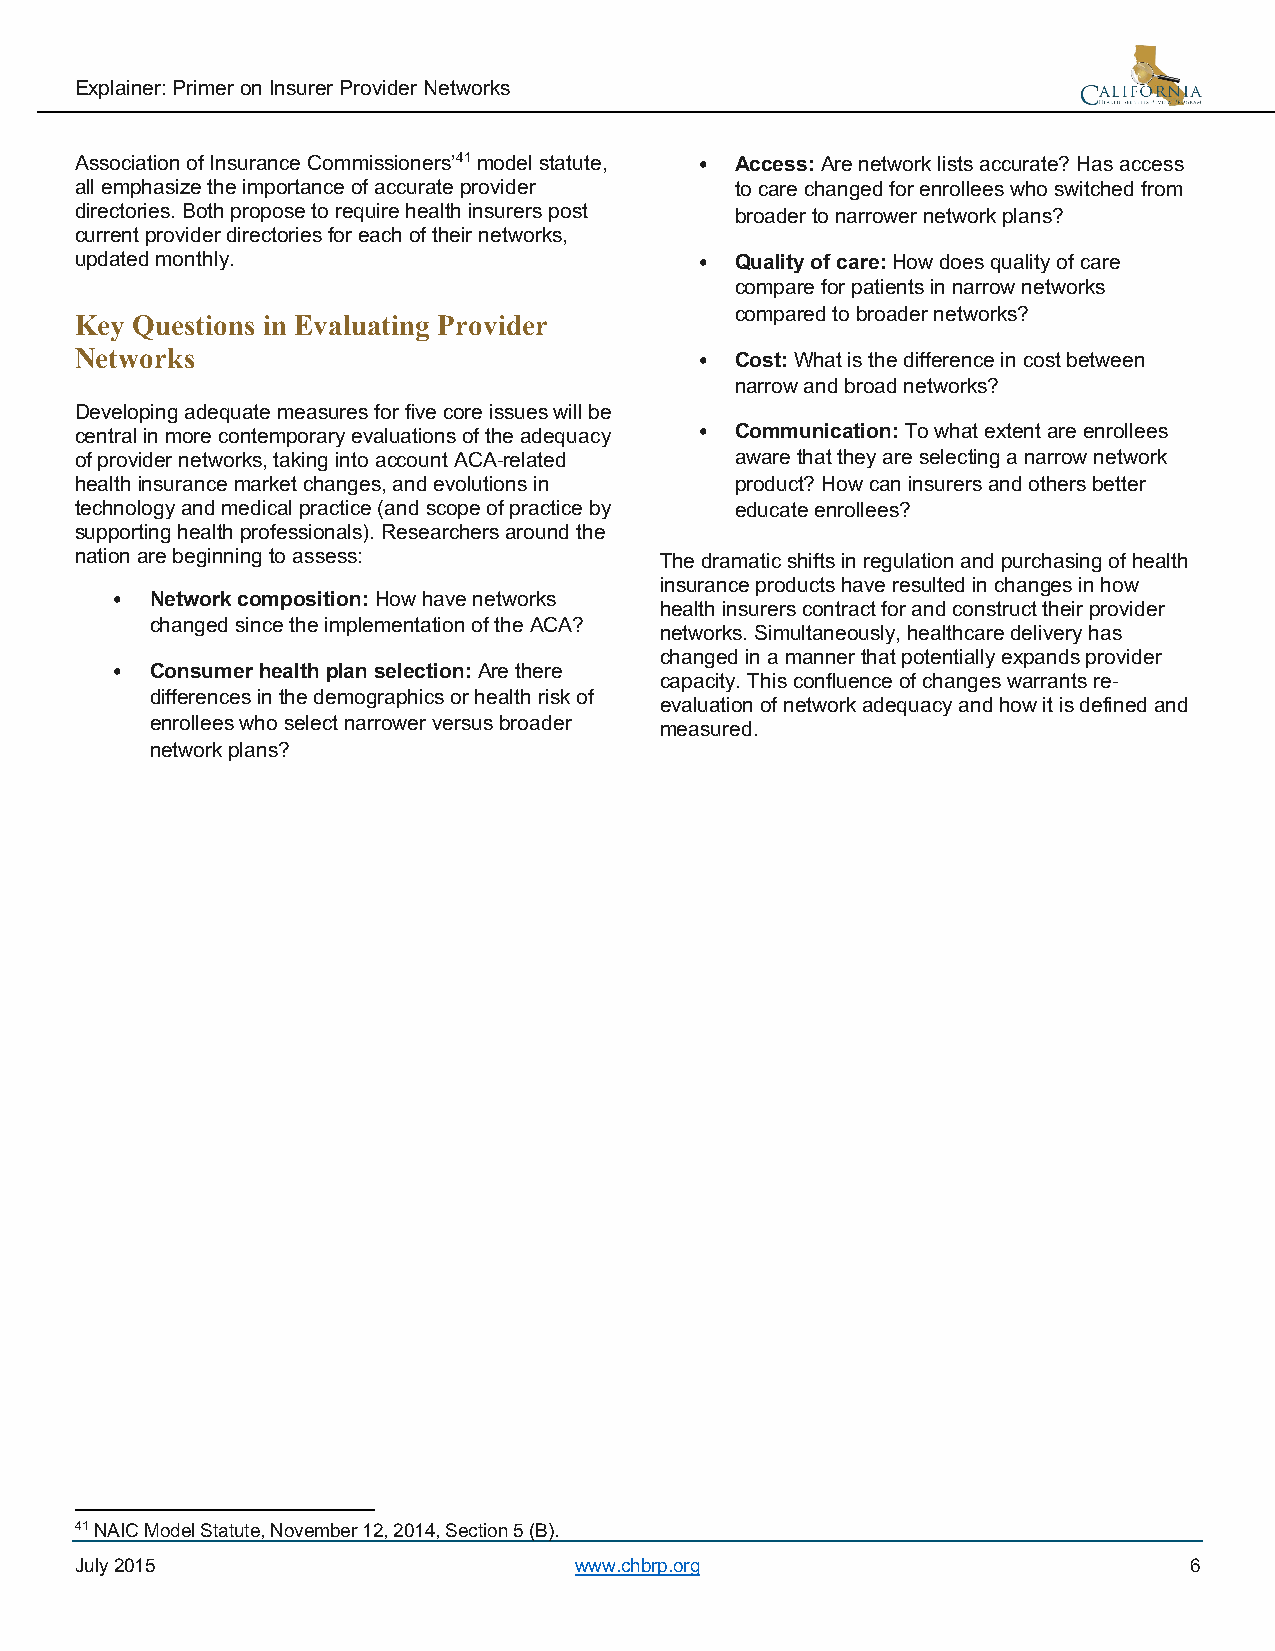
Explainer: Primer on Insurer Provider Networks
 Association of Insurance Commissioners’41 model statute, • Access: Are network lists accurate? Has access
 all emphasize the importance of accurate provider to care changed for enrollees who switched from
 directories. Both propose to require health insurers post broader to narrower network plans?
 current provider directories for each of their networks,
 updated monthly.                         •  Quality of care: How does quality of care
 compare for patients in narrow networks
 compared to broader networks?
 Key Questions in Evaluating Provider
 Networks                                 •  Cost: What is the difference in cost between
 narrow and broad networks?
 Developing adequate measures for five core issues will be
 central in more contemporary evaluations of the adequacy • Communication: To what extent are enrollees
 of provider networks, taking into account ACA-related aware that they are selecting a narrow network
 health insurance market changes, and evolutions in product? How can insurers and others better
 technology and medical practice (and scope of practice by educate enrollees?
 supporting health professionals). Researchers around the
 nation are beginning to assess:        The dramatic shifts in regulation and purchasing of health
 insurance products have resulted in changes in how
 •  Network composition: How have networks
 health insurers contract for and construct their provider
 changed since the implementation of the ACA?
 networks. Simultaneously, healthcare delivery has
 changed in a manner that potentially expands provider
 •  Consumer health plan selection: Are there
 capacity. This confluence of changes warrants re-
 differences in the demographics or health risk of
 evaluation of network adequacy and how it is defined and
 enrollees who select narrower versus broader measured.
 network plans?
 41 NAIC Model Statute, November 12, 2014, Section 5 (B).
 July 2015                        www.chbrp.org                            6